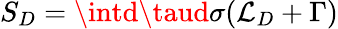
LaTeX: S_{D}=\intd\taud\sigma({\cal\mathcal{L}}_{D}+\Gamma)